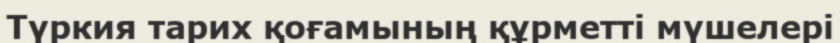
Түркия тарих қоғамының құрметті мүшелері